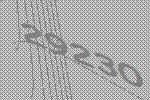
29230